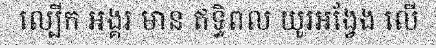
ល្បើក អង្គរ មាន ឥទ្ធិពល យូរអង្វែង លើ